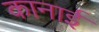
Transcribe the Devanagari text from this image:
कानाई